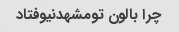
چرا بالون تومشهدنیوفتاد